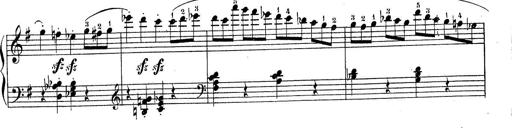
Title: Piano Sonatine No.2
Composer: Peter Piel
Key: G major